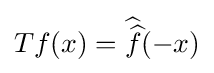
Tf(x)={\widehat {\widehat {f}}}(-x)